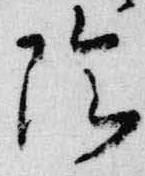
陰